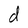
Character: d